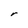
Character: r